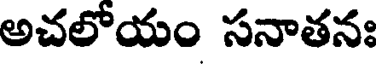
అచలోయం సనాతనః